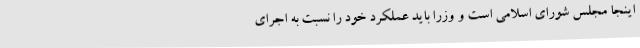
اینجا مجلس شورای اسلامی است و وزرا باید عملکرد خود را نسبت به اجرای